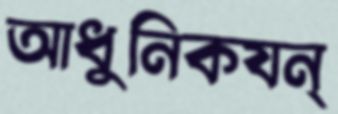
আধুনিকযন্